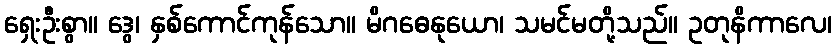
ရှေးဦးစွာ။ ဒွေ၊ နှစ်ကောင်ကုန်သော။ မိဂဓေနုယော၊ သမင်မတို့သည်။ ဥတုနိကာလေ၊